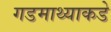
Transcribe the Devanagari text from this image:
गडमाथ्याकडे